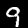
Label: 9